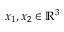
x _ { 1 } , x _ { 2 } \in \mathbb { R } ^ { 3 }